Civil Veterinary Department. United Provinces 1932-42 - 1932-1942
Year: 1932
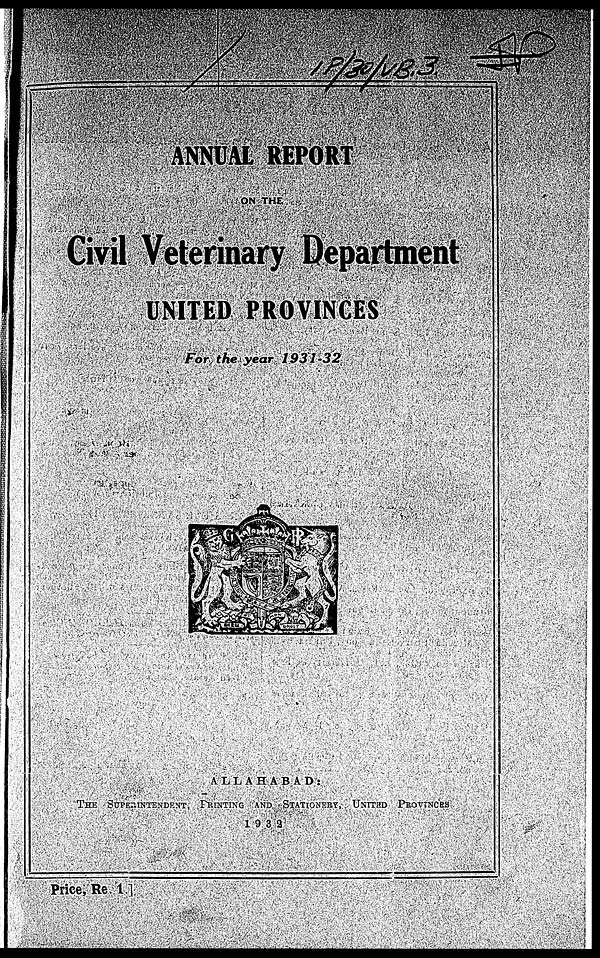
ANNUAL REPORT
ON THE
Civil Veterinary Department
UNITED PROVINCES
For the year
1931-32
A L L A H A B A D :
THE SUPERINTENDENT PRINTING AND STATIONERY, UNITED PPROVINCES
1 9 3 3
Price, Re. 1